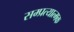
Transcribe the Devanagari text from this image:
सम्प्रत्यात्मक